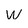
Character: w